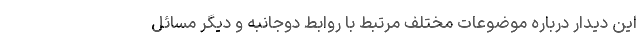
این دیدار درباره موضوعات مختلف مرتبط با روابط دوجانبه و دیگر مسائل